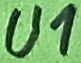
Text: U1